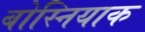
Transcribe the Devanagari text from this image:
बोस्नियाक